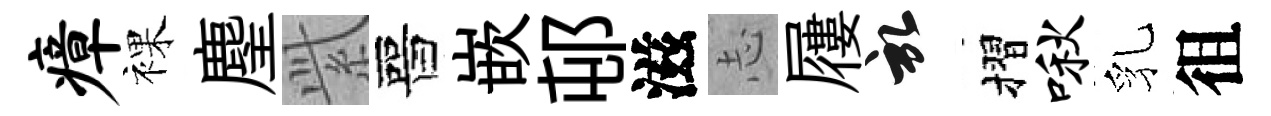
瘴裸麈𬗋晉嵌邨滋𢖽屨啓摺啾乳徂